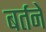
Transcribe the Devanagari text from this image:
बर्तने